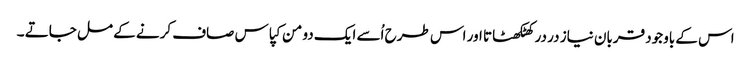
اس کے باوجود قربان نیاز در در کھٹکھٹاتا اور اس طرح اُسے ایک دو من کپاس صاف کرنے کے مل جاتے ۔